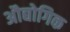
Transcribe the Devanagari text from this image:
अौद्योगिक